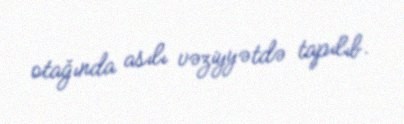
otağında asılı vəziyyətdə tapılıb.